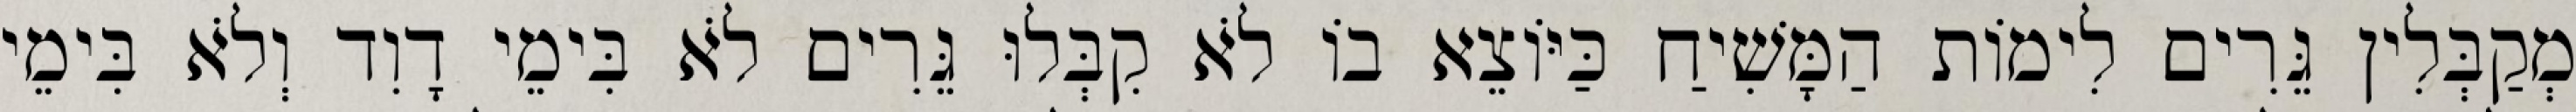
מְקַבְּלִין גֵּרִים לִימוֹת הַמָּשִׁיחַ כַּיּוֹצֵא בוֹ לֹא קִבְּלוּ גֵּרִים לֹא בִּימֵי דָוִד וְלֹא בִּימֵי